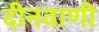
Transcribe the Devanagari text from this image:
दीनवाणी